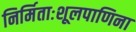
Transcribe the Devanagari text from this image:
निर्मिताःशूलपाणिना